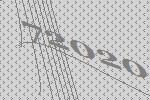
72020